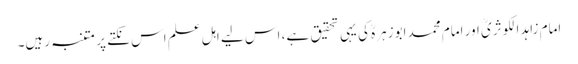
امام زاہد الکوثریؒ اور امام محمد ابوزہرہؒ کی یہی تحقیق ہے، اس لیے اہلِ علم اس نکتے پر متنبہ رہیں۔